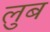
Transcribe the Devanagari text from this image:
लुब